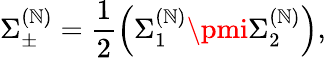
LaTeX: \Sigma_{\pm}^{(\mathbb{N})}=\frac{{1}}{{2}}\left(\Sigma_{1}^{(\mathbb{N})}\pmi\Sigma_{2}^{(\mathbb{N})}\right),